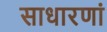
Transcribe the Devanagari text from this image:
साधारणां